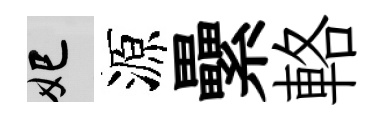
妃源纍輅